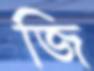
জি